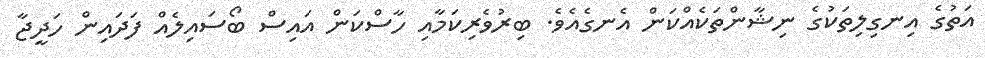
އަތުގެ އިނގިލިތަކުގެ ނިޝާންތަކެއްކަން އެނގެއެވެ. ބިރުވެރިކަމާއި ހާސްކަން އައިސް ބޯސައިލެއް ފަދައިން ހަދީޖާ